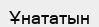
Ұнататын